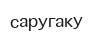
саругаку